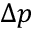
\Delta p